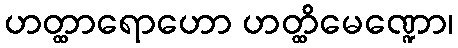
ဟတ္ထာရောဟော ဟတ္ထိမေဏ္ဍော၊